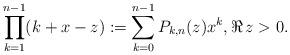
LaTeX: \begin{align*}\prod_{k=1}^{n-1} (k+x-z) := \sum_{k=0}^{n-1} P_{k, n}(z) x^k, \Re\,z > 0.\end{align*}